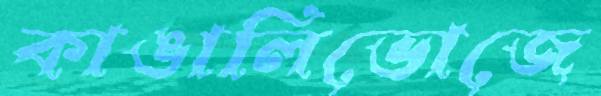
কাঙালিভোজে